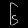
Digit: ၆